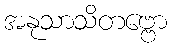
အနုသာသိတဗ္ဗော